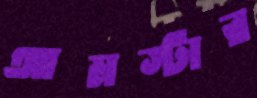
আমস্টার